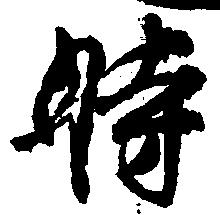
時